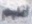
اقلیم